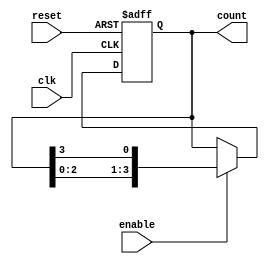
module async_ring_counter (
    input wire reset,      // Asynchronous reset signal
    input wire enable,     // Enable signal for counting
    input wire clk,        // Clock signal (not used for counting, but can be used for simulation)
    output reg [3:0] count // 4-bit output representing the state of the ring counter
);

    // Initial state
    initial begin
        count = 4'b0001; // Start with the least significant bit set
    end

    // Asynchronous reset and counting logic
    always @(posedge clk or posedge reset) begin
        if (reset) begin
            count <= 4'b0000; // Reset all bits to '0'
        end else if (enable) begin
            // Ring counter logic: propagate the '1' around the ring
            count <= {count[2:0], count[3]}; // Shift left and wrap around
        end
    end

endmodule